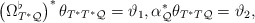
\begin{align*}\left( \Omega _{T^{\ast }\mathcal{Q}}^{\flat }\right) ^{\ast }\theta_{T^{\ast }T^{\ast }\mathcal{Q}}=\vartheta _{1},\alpha _{\mathcal{Q}}^{\ast }\theta _{T^{\ast }T\mathcal{Q}}=\vartheta _{2},\end{align*}